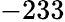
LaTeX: -233